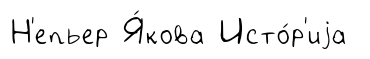
Н'епьер Я́кова Исто́р'иjа